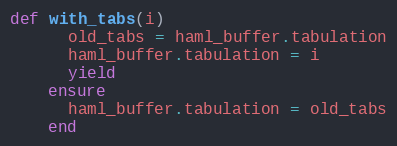
Language: Ruby
def with_tabs(i)
      old_tabs = haml_buffer.tabulation
      haml_buffer.tabulation = i
      yield
    ensure
      haml_buffer.tabulation = old_tabs
    end